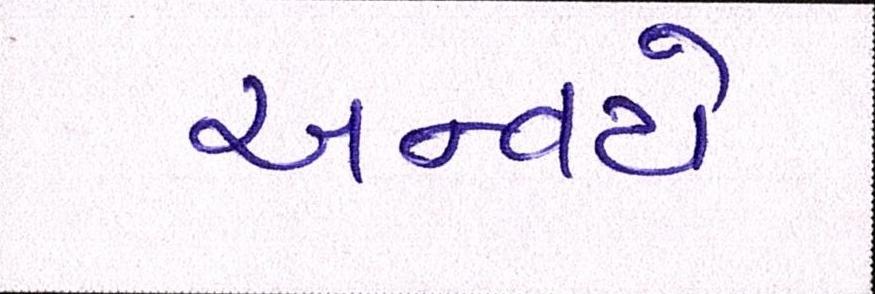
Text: અન્વયે